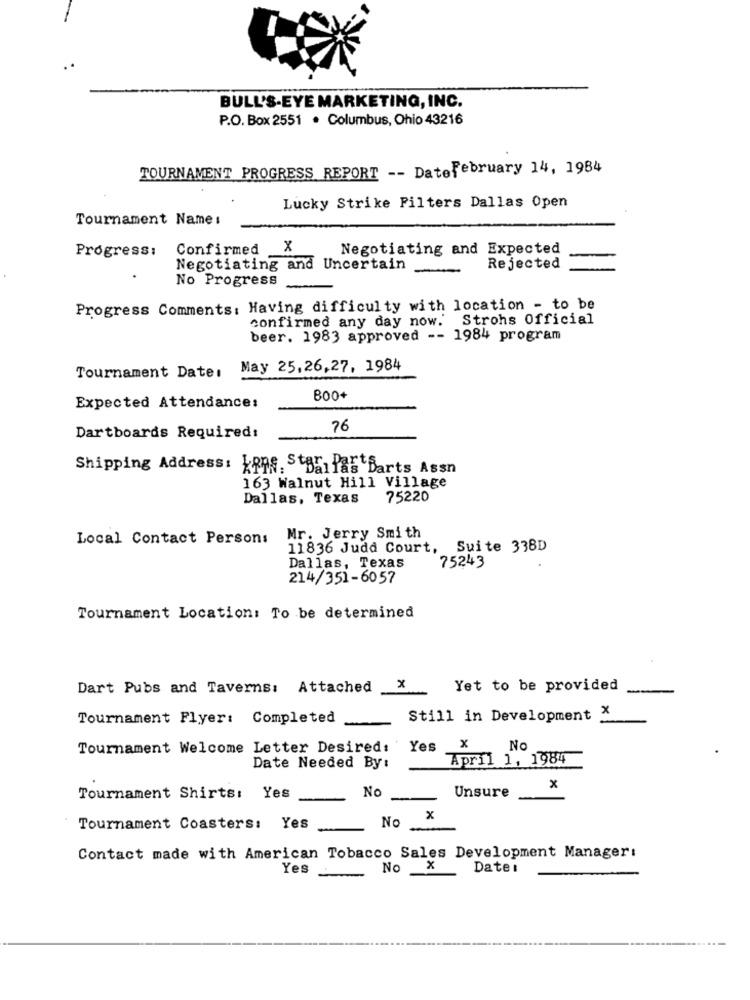
BULL'S-EYE MARKETING, INC.
P.O. Box 2551 . Columbus, Ohio 43216
TOURNAMENT PROGRESS REPORT -- Datefebruary 14, 1984
Lucky Strike Filters Dallas Open
Tournament Name :
Progress:
Confirmed X
Negotiating and Expected
Negotiating and Uncertain .
-
Rejected
No Progress ...
Progress Comments: Having difficulty with location - to be
confirmed any day now. Strohs Official
beer. 1983 approved -- 1984 program
May 25,26,27, 1984
Tournament Date:
800+
Expected Attendance:
76
Dartboards Required:
Shipping Address: KRDS. Dallas Darts Assn
163 Walnut Hill Village
Dallas, Texas
75220
Local Contact Persons
Mr. Jerry Smith
11836 Judd Court, Suite 338D
Dallas, Texas
75243
214/351-6057
Tournament Location: To be determined
Dart Pubs and Taverns: Attached
x
-
Yet to be provided
-
Tournament Flyer: Completed
Still in Development X
Tournament Welcome Letter Desired:
Yes
x
No
April 1, 1984
Date Needed By:
No
x
Tournament Shirts: Yes
Unsure
No X
Tournament Coasters: Yes
Contact made with American Tobacco Sales Development Manager:
No
x
Date:
Yes